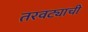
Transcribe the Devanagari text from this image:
तरवट्याची